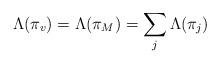
LaTeX: \begin{align*} \Lambda(\pi_v)=\Lambda(\pi_M)=\sum_j \Lambda(\pi_j)\end{align*}